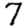
Digit: 7